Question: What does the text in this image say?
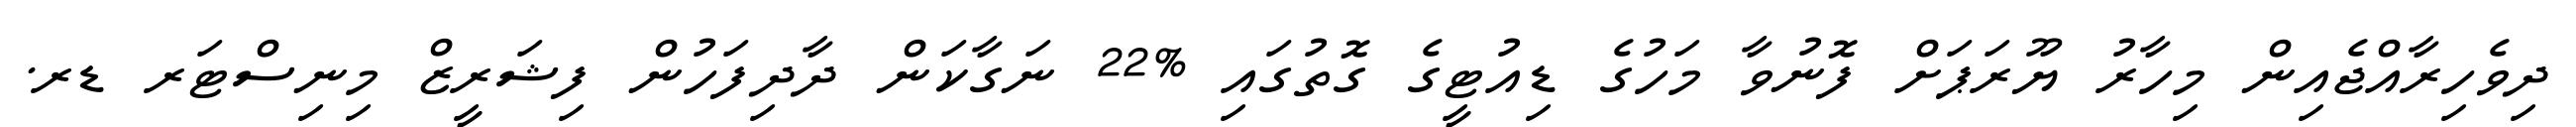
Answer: ދިވެހިރާއްޖެއިން މިހާރު ޔޫރަޕަށް ފޮނުވާ މަހުގެ ޑިއުޓީގެ ގޮތުގައި %22 ނަގާކަން ދާދިފަހުން ފިޝަރީޒް މިނިސްޓަރ ޑރ.